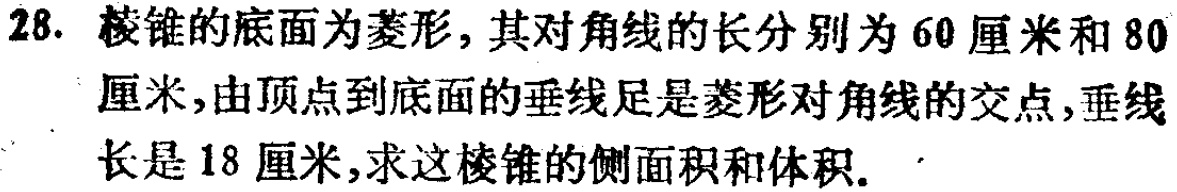
28. 棱锥的底面为菱形，其对角线的长分别为 60 厘米和 80 厘米，由顶点到底面的垂线足是菱形对角线的交点，垂线长是 18 厘米，求这棱锥的侧面积和体积。